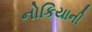
નોકિયાની